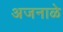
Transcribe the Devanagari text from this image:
अजनाळे